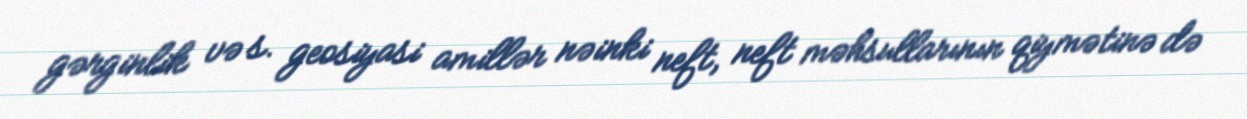
gərginlik və s. geosiyasi amillər nəinki neft, neft məhsullarının qiymətinə də